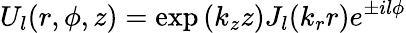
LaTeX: U_{l}(r,\phi,z)=\exp{(k_{z}z)}J_{l}(k_{r}r)e^{\pm il\phi}